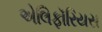
એલિફૉરિયસ